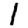
Digit: 1